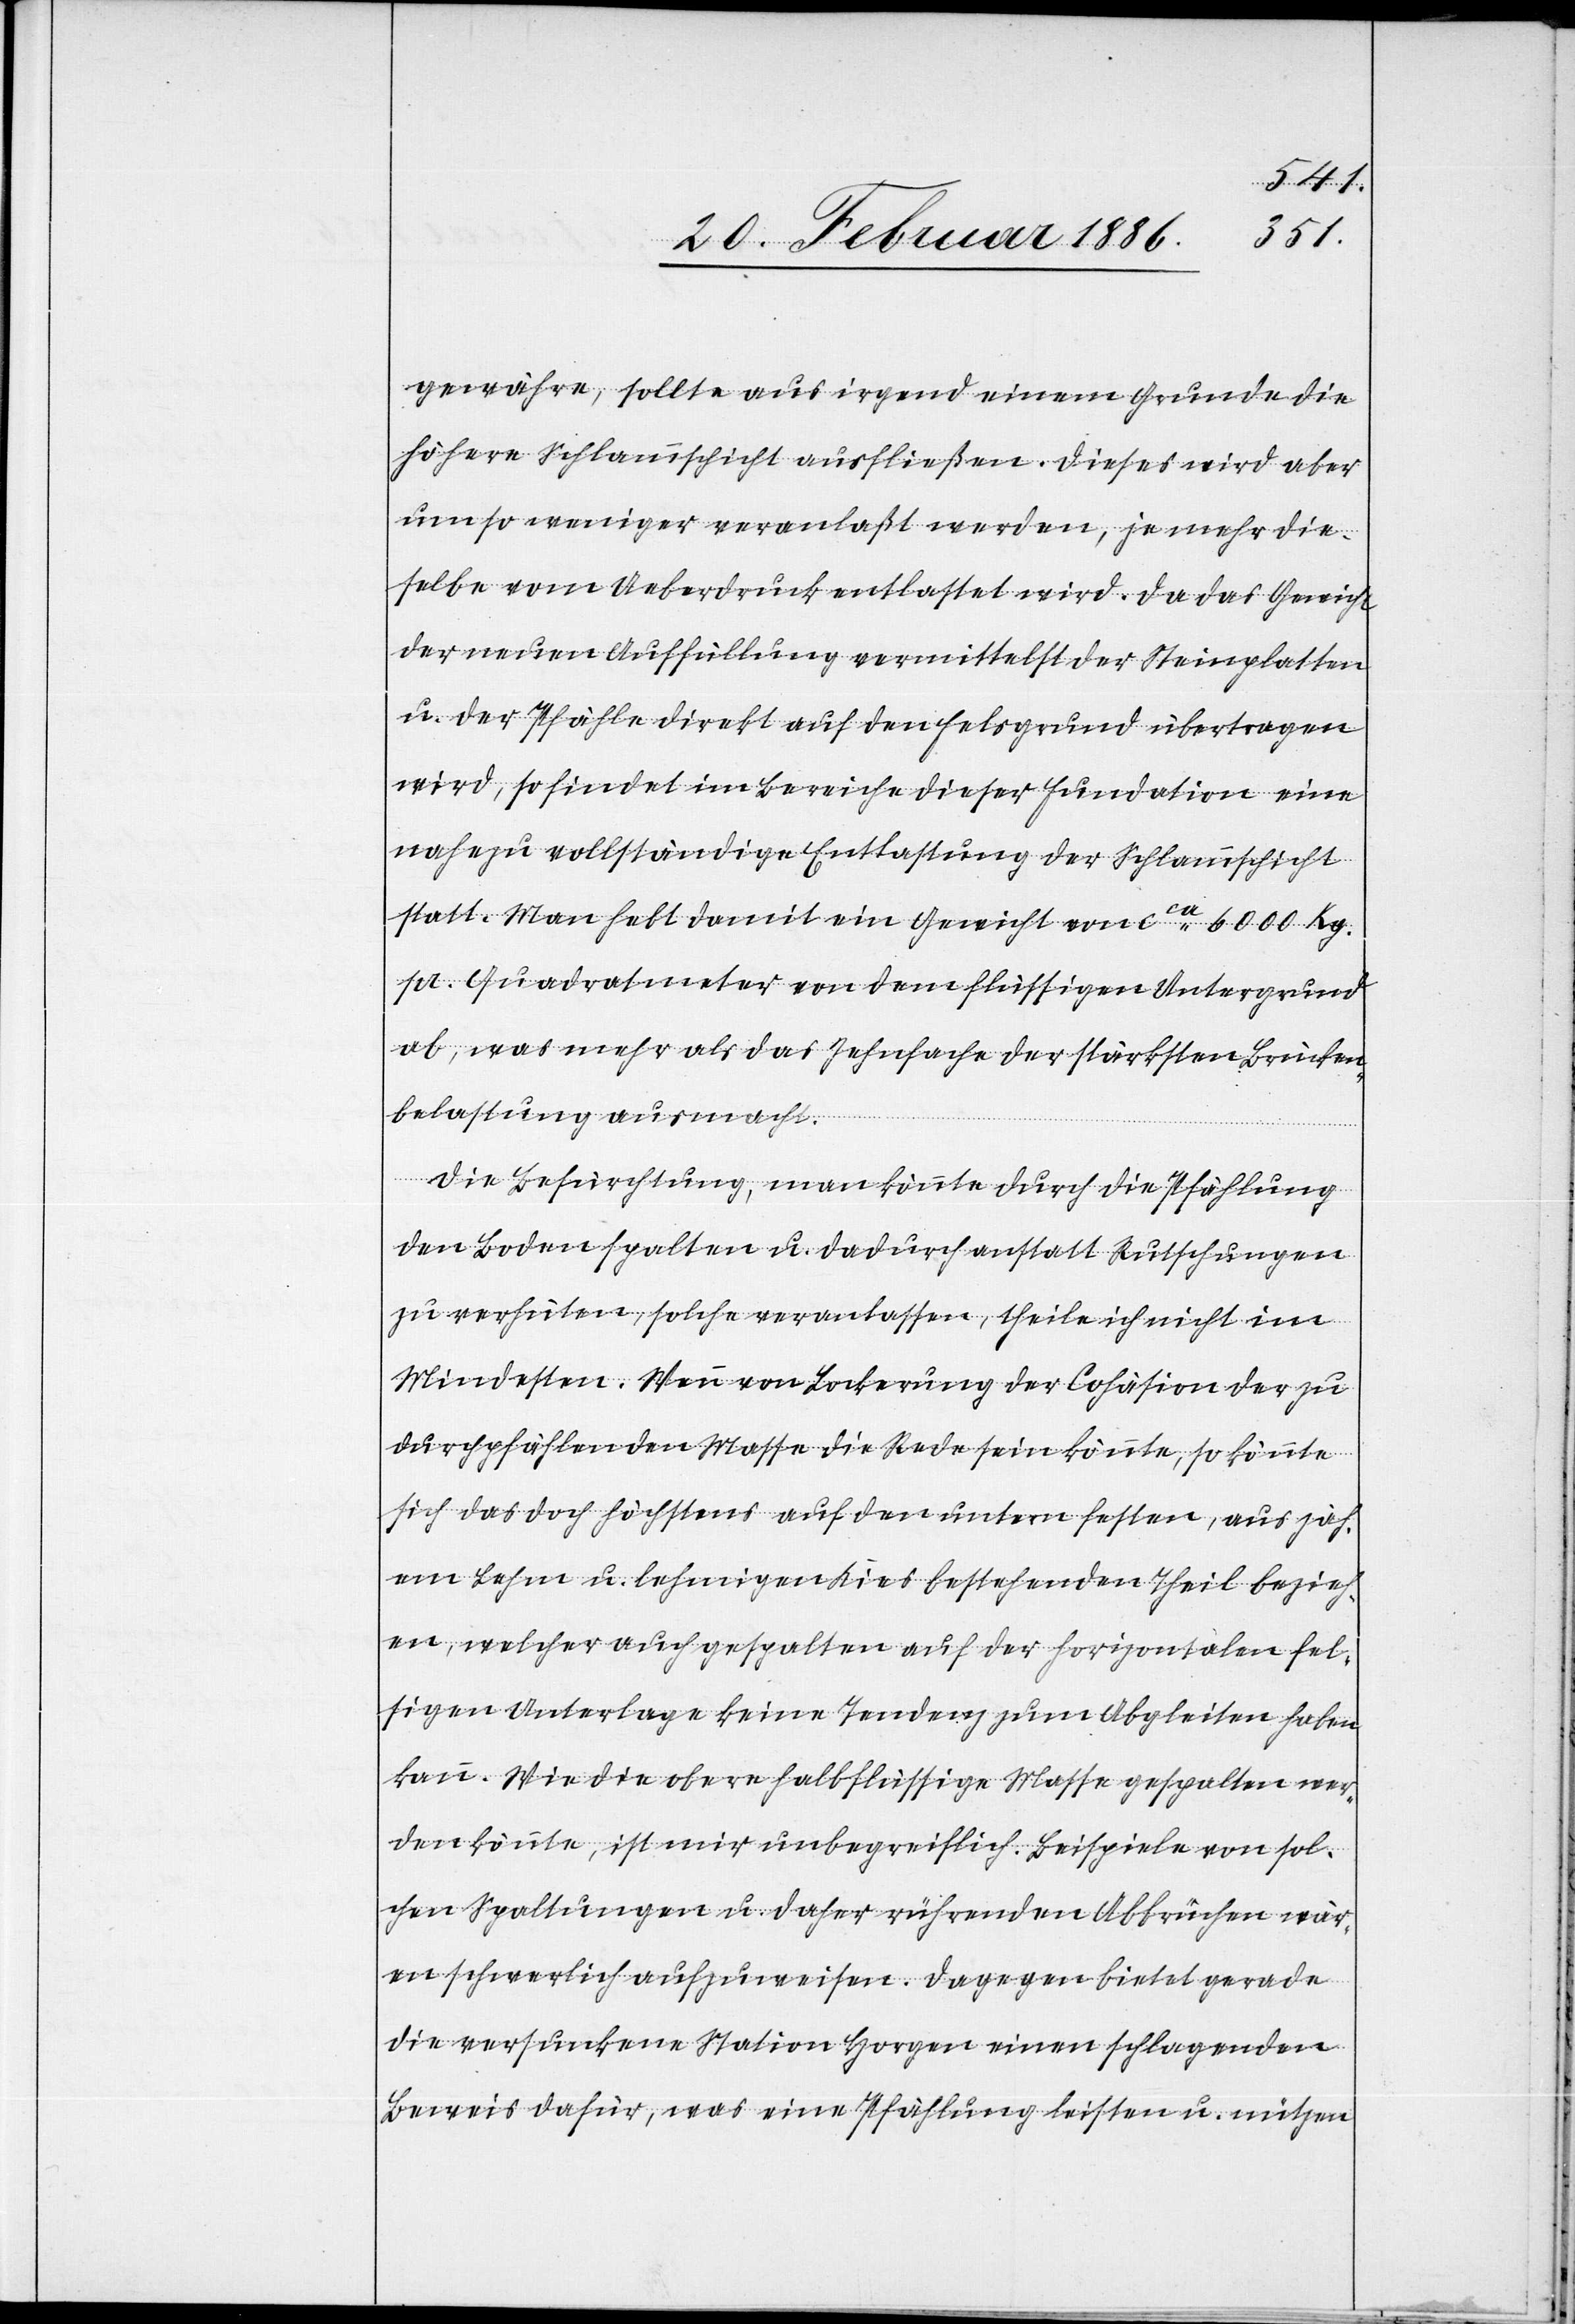
gewähre, sollte aus irgend einem Grunde die
höhere Schlammschicht ausfließen. Dieses wird aber
um so weniger veranlaßt werden, je mehr die¬
selbe vom Ueberdruck entlastet wird. Da das Gewicht
der neuen Auffüllung vermittelst der Steinplatten
u. der Pfähle direkt auf den Felsgrund übertragen
wird, so findet im Bereiche dieser Fundation eine
nahezu vollständige Entlastung der Schlammschicht
statt. Man hebt damit ein Gewicht von cca 6000 Kg.
pr. Quadratmeter von dem flüssigen Untergrund
ab, was mehr als das Zehnfache der stärksten Brücken¬
belastung ausmacht.
Die Befürchtung, man könnte durch die Pfählung
den Boden spalten u. dadurch anstatt Rutschungen
zu verhüten, welche veranlassen, theile ich nicht im
Mindesten. Wenn von Lockerung der Cohäsion der zu
durchpfählenden Masse die Rede sein könnte, so könnte
sich das doch höchstens auf den untern festen, aus zäh¬
em Lehm u. lehmigen Kies bestehenden Theil bezieh¬
en, welcher auch gespalten auf der horizontalen fes¬
tigen Unterlage keine Tendenz zum Abgleiten haben
kann. Wie die obere halbflüssige Masse gehalten wer¬
den könnte, ist mir unbegreiflich. Beispiele von sol¬
chen Spaltungen u. daher rührenden Abbrüchen wär¬
en schwerlich aufzuweisen. Dagegen bietet gerade
die versunkene Station Horgen einen schlagenden
Beweis dafür, was eine Pfählung leisten u. nützen